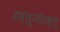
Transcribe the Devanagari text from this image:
डब्लूओडब्लू